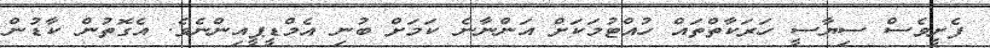
ފެށީވެސް ސިޔާސީ ހަރަކާތްތައް ހުއްޓުމަކަށް އަންނާނެ ކަމަށް ބުނި އެމްޑީޕީއިންނެވެ. އެގޮތުން ކާޑުން